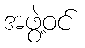
အဖွဲ့ဝင်